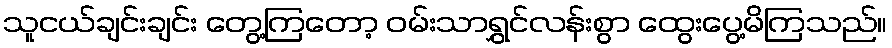
သူငယ်ချင်းချင်း တွေ့ကြတော့ ဝမ်းသာရွှင်လန်းစွာ ထွေးပွေ့မိကြသည်။